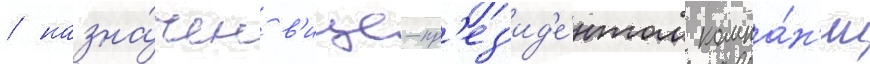
/ назна́чен в'ице-пр'ез'ид'е́нтом компа́н'ии